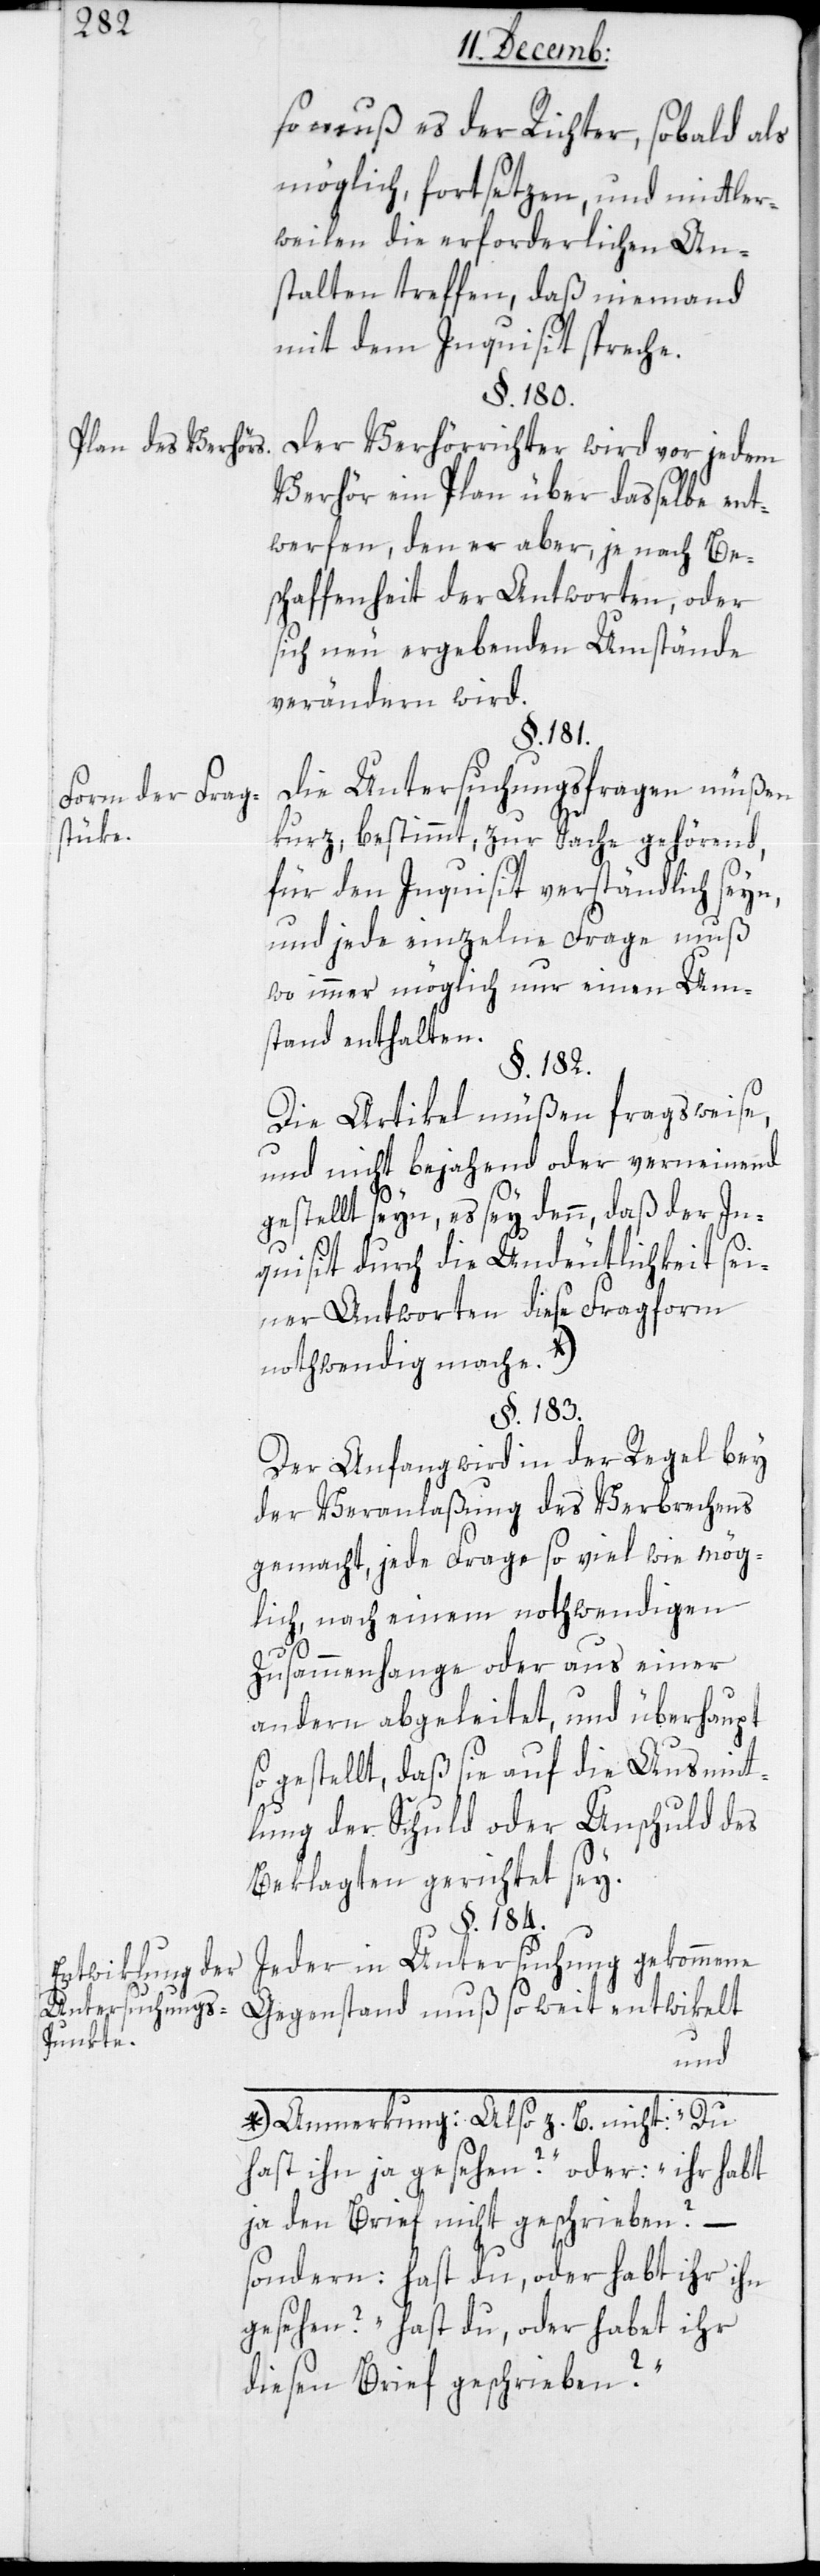
Plan des Verhörs.
Form der Frag¬
stüke.
Entwiklung der
Untersuchungs-P¬
unkte.

so muß es der Richter, sobald als
möglich, fortsetzen, und mittler¬
weilen die erforderlichen An¬
stalten treffen, daß niemand
mit dem Inquisit spreche.
§. 180.
Der Verhörrichter wird vor jedem
Verhör ein Plan über dasselbe ent¬
werfen, den er aber, je nach Be¬
schaffenheit der Antworten, oder
sich neu ergebenden Umstände
verändern wird.
§. 184.
Die Untersuchungsfragen müßen
kurz, bestimmt, zur Sache gehörend,
für den Inquisit verständlich seyn,
und jede einzelne Frage muß
wo immer möglich nur einen Um¬
stand enthalten.
§. 182.
Die Artikel müßen fragsweise,
und nicht bejahend oder verneinend
gestellt seyn, es sey denn, daß der In¬
quisit durch die Undeutlichkeit sei¬
ner Antworten diese Fragform
nothwendig mache. *)
§. 183.
Der Anfang wird in der Regel bey
der Veranlaßung des Verbrechens
gemacht, jede Frage so viel wie mög¬
lich nach einem nothwendigen
Zusammenhange oder aus einer
andern abgeleitet, und überhaupt
gestellt, daß sie auf die Ausmitt¬
lung der Schuld oder Unschuld des
Beklagten gerichtet sey.
Jeder in Untersuchung gekommene
Gegenstand muß so weit entwikelt
a-*) Anmerkung: Also z. B. nicht „Du
hast ihn ja gesehen?“ oder „ihr habt
ja den Brief nicht geschrieben?“ –
sondern: „Hast du oder habt ihr ihn
gesehen?“, [„]hast du oder habt ihr
diesen Brief geschrieben?“-a